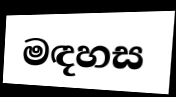
මඳහස